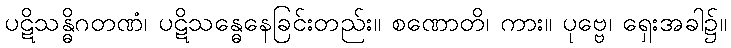
ပဋိသန္ဓိဂတဏံ၊ ပဋိသန္ဓေနေခြင်းတည်း။ စဏောတိ၊ ကား။ ပုဗ္ဗေ၊ ရှေးအခါ၌။